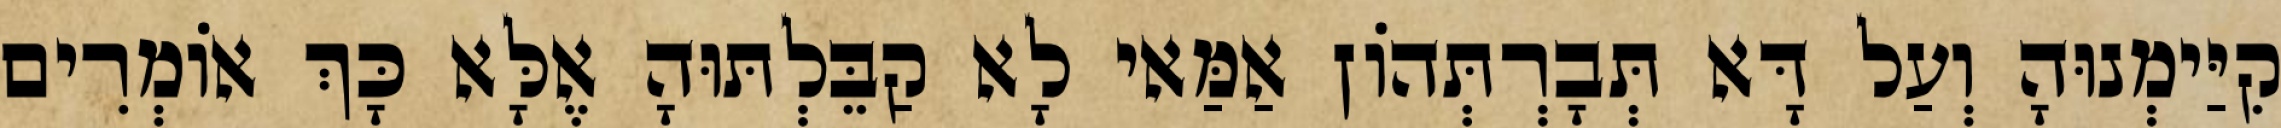
קִיַּימְנוּהָ וְעַל דָּא תְּבָרְתְּהוֹן אַמַּאי לָא קַבֵּלְתּוּהָ אֶלָּא כָּךְ אוֹמְרִים